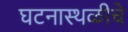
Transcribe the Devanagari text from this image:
घटनास्थळीचे